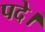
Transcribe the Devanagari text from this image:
पदे।